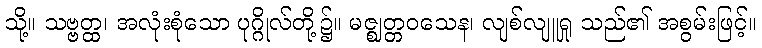
သို့။ သဗ္ဗတ္ထ၊ အလုံးစုံသော ပုဂ္ဂိုလ်တို့၌။ မဇ္ဈတ္တဝသေန၊ လျစ်လျူရှု သည်၏ အစွမ်းဖြင့်။